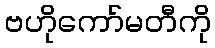
ဗဟိုကော်မတီကို